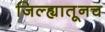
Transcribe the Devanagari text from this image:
जिल्ह्यातूनच